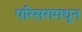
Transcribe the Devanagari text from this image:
परिसरामधून